Civil Veterinary Department. Madras. Admin. report 1926-33 - 1926-1933
Year: 1926
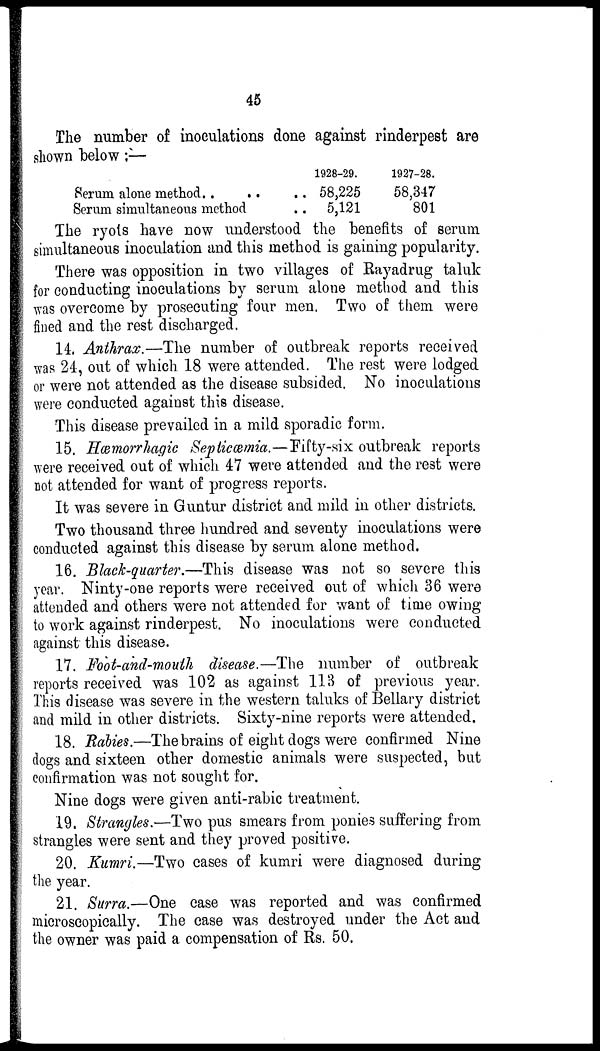
45
The number of inoculations done against rinderpest are
shown below:—
Serum alone method .. .. ..
Serum simultaneous method ..
1928-29.
58,225
5,121
1927-28.
58,347
801
The ryots have now understood the benefits of serum
simultaneous inoculation and this method is gaining popularity.
There was opposition in two villages of Rayadrug taluk
for conducting inoculations by serum alone method and this
was overcome by prosecuting four men. Two of them were
fined and the rest discharged.
14. Anthrax.—The number of outbreak reports received
was 24, out of which 18 were attended. The rest were lodged
or were not attended as the disease subsided. No inoculations
were conducted against this disease.
This disease prevailed in a mild sporadic form.
15. Hæmorrhagic Septicæmia.—Fifty-six outbreak reports
were received out of which 47 were attended and the rest were
not attended for want of progress reports.
It was severe in Guntur district and mild in other districts.
Two thousand three hundred and seventy inoculations were
conducted against this disease by serum alone method.
16. Black-quarter.—This disease was not so severe this
year. Ninty-one reports were received out of which 36 were
attended and others were not attended for want of time owing
to work against rinderpest. No inoculations were conducted
against this disease.
17. Foot-and-mouth disease.—The number of outbreak
reports received was 102 as against 113 of previous year.
This disease was severe in the western taluks of Bellary district
and mild in other districts. Sixty-nine reports were attended.
18. Rabies.—The brains of eight dogs were confirmed Nine
dogs and sixteen other domestic animals were suspected, but
confirmation was not sought for.
Nine dogs were given anti-rabic treatment.
19. Strangles.—Two pus smears from ponies suffering from
strangles were sent and they proved positive.
20. Kumri.—Two cases of kumri were diagnosed during
the year.
21. Surra.—One case was reported and was confirmed
microscopically. The case was destroyed under the Act and
the owner was paid a compensation of Rs. 50.